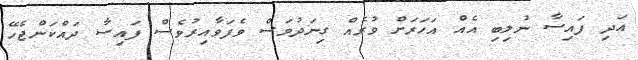
އަދި ފައިސާ ނުލިބި އެއް އަހަރަށް ވުރެއް ގިނަދުވަސް ވެފަވާއިރުވެސް ފައިސާ ދައްކަންޖެހޭ